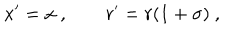
LaTeX: x ^ { \prime } = x ~ , \qquad r ^ { \prime } = r ( 1 + \sigma ) ~ ,